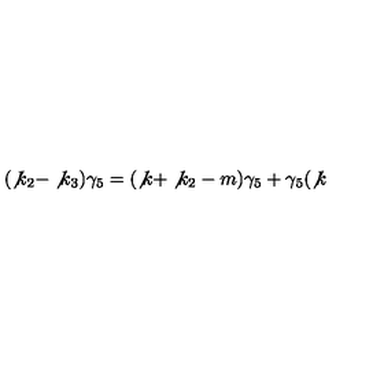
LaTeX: ( \not { k } _ { 2 } - \not { k } _ { 3 } ) \gamma _ { 5 } = ( \not { k } + \not { k } _ { 2 } - m ) \gamma _ { 5 } + \gamma _ { 5 } ( \not { k }